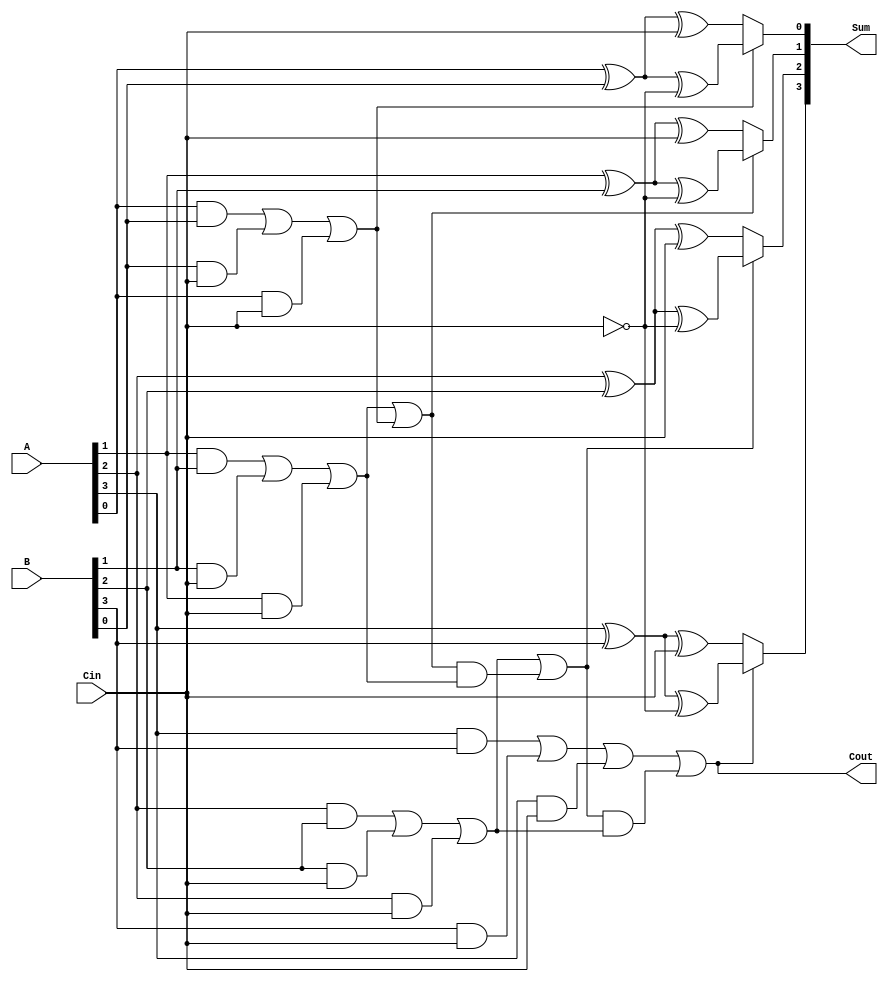
module ConditionalSumAdder #(parameter n = 4) (
    input  wire [n-1:0] A,      // First n-bit input
    input  wire [n-1:0] B,      // Second n-bit input
    input  wire Cin,             // Carry-in
    output wire [n-1:0] Sum,     // n-bit sum output
    output wire Cout             // Carry-out
);

    wire [n-1:0] S0;            // Partial sums when Cin = 0
    wire [n-1:0] S1;            // Partial sums when Cin = 1
    wire [n-1:0] C0;            // Carry out when Cin = 0
    wire [n-1:0] C1;            // Carry out when Cin = 1
    wire [n-1:0] Carry;         // Carry signals for MUX selection

    // Generate partial sums and carries
    genvar i;
    generate
        for (i = 0; i < n; i = i + 1) begin : CSA
            // Calculate partial sums
            assign S0[i] = A[i] ^ B[i] ^ Cin;                  // S0 when Cin = 0
            assign S1[i] = A[i] ^ B[i] ^ (Cin ^ 1'b1);         // S1 when Cin = 1
            
            // Calculate carry out for both cases
            assign C0[i] = (A[i] & B[i]) | (B[i] & Cin) | (A[i] & Cin); // Carry out when Cin = 0
            assign C1[i] = C0[i]; // Carry out when Cin = 1 (same as C0)
        end
    endgenerate

    // Generate carry selection logic
    assign Carry[0] = C0[0]; // First carry is the same as C0[0]
    generate
        for (i = 1; i < n; i = i + 1) begin : CarrySelect
            assign Carry[i] = C0[i] | (Carry[i-1] & C1[i-1]); // Carry propagation
        end
    endgenerate

    // Final sum selection using MUX
    generate
        for (i = 0; i < n; i = i + 1) begin : SumSelect
            assign Sum[i] = Carry[i] ? S1[i] : S0[i]; // Select S1 or S0 based on carry
        end
    endgenerate

    // Final carry out
    assign Cout = Carry[n-1]; // Last carry out

endmodule